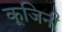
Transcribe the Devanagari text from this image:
कूजिनी